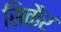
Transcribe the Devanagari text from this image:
सिकैर